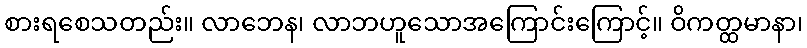
စားရစေသတည်း။ လာဘေန၊ လာဘဟူသောအကြောင်းကြောင့်။ ဝိကတ္ထမာနာ၊